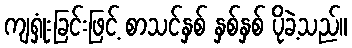
ကျရှုံးခြင်းဖြင့် စာသင်နှစ် နှစ်နှစ် ပိုခဲ့သည်။